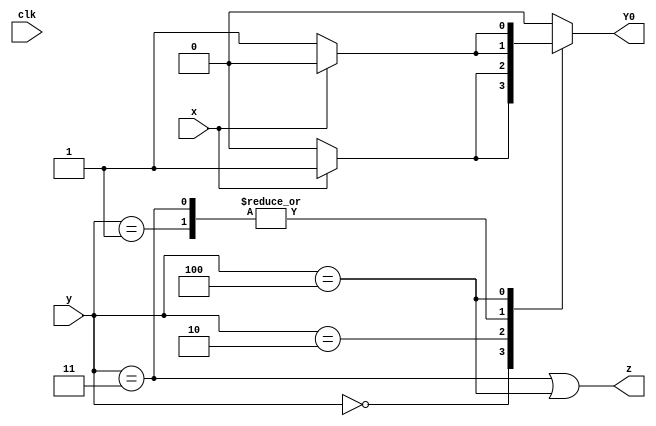
//
//
// https://hdlbits.01xz.net/wiki/Exams/2014_q3c
//
//

`default_nettype none

module top_module (
    input           clk,
    input   [2:0]   y,
    input           x,
    output          Y0,
    output          z
);

    parameter       S0  = 3'b000,
                    S1  = 3'b001,
                    S2  = 3'b010,
                    S3  = 3'b011,
                    S4  = 3'b100;

    reg     [2:0]   Y;

    always @(*) begin
        case (y)
        S0      : Y = x ? S1 : S0;
        S1      : Y = x ? S2 : S1;
        S2      : Y = x ? S1 : S2;
        S3      : Y = x ? S2 : S1;
        S4      : Y = x ? S4 : S3; 
        default : Y = S0;
        endcase
    end

    assign z = (y == S3) | (y == S4);

    assign Y0 = Y[0];


    /* verilator lint_off UNUSED */
    wire    [2:0]   unused;
    assign unused = {clk, Y[2:1]};
    /* verilator lint_on UNUSED */

endmodule